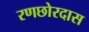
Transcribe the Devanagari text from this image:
रणछोरदास